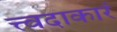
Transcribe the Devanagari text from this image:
त्त्वदाकारं